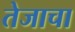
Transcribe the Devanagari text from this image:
तेजाचा